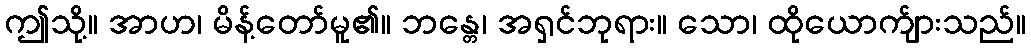
ဤသို့။ အာဟ၊ မိန့်တော်မူ၏။ ဘန္တေ၊ အရှင်ဘုရား။ သော၊ ထိုယောက်ျားသည်။